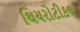
થિયરોટીકલ